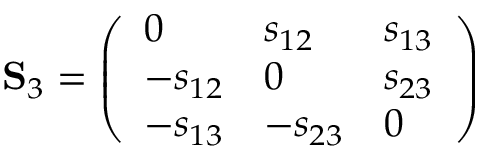
\mathbf { S } _ { 3 } = \left( \begin{array} { l l l } { 0 } & { s _ { 1 2 } } & { s _ { 1 3 } } \\ { - s _ { 1 2 } } & { 0 } & { s _ { 2 3 } } \\ { - s _ { 1 3 } } & { - s _ { 2 3 } } & { 0 } \end{array} \right)